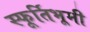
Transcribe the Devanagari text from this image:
स्फूर्तिभूमी